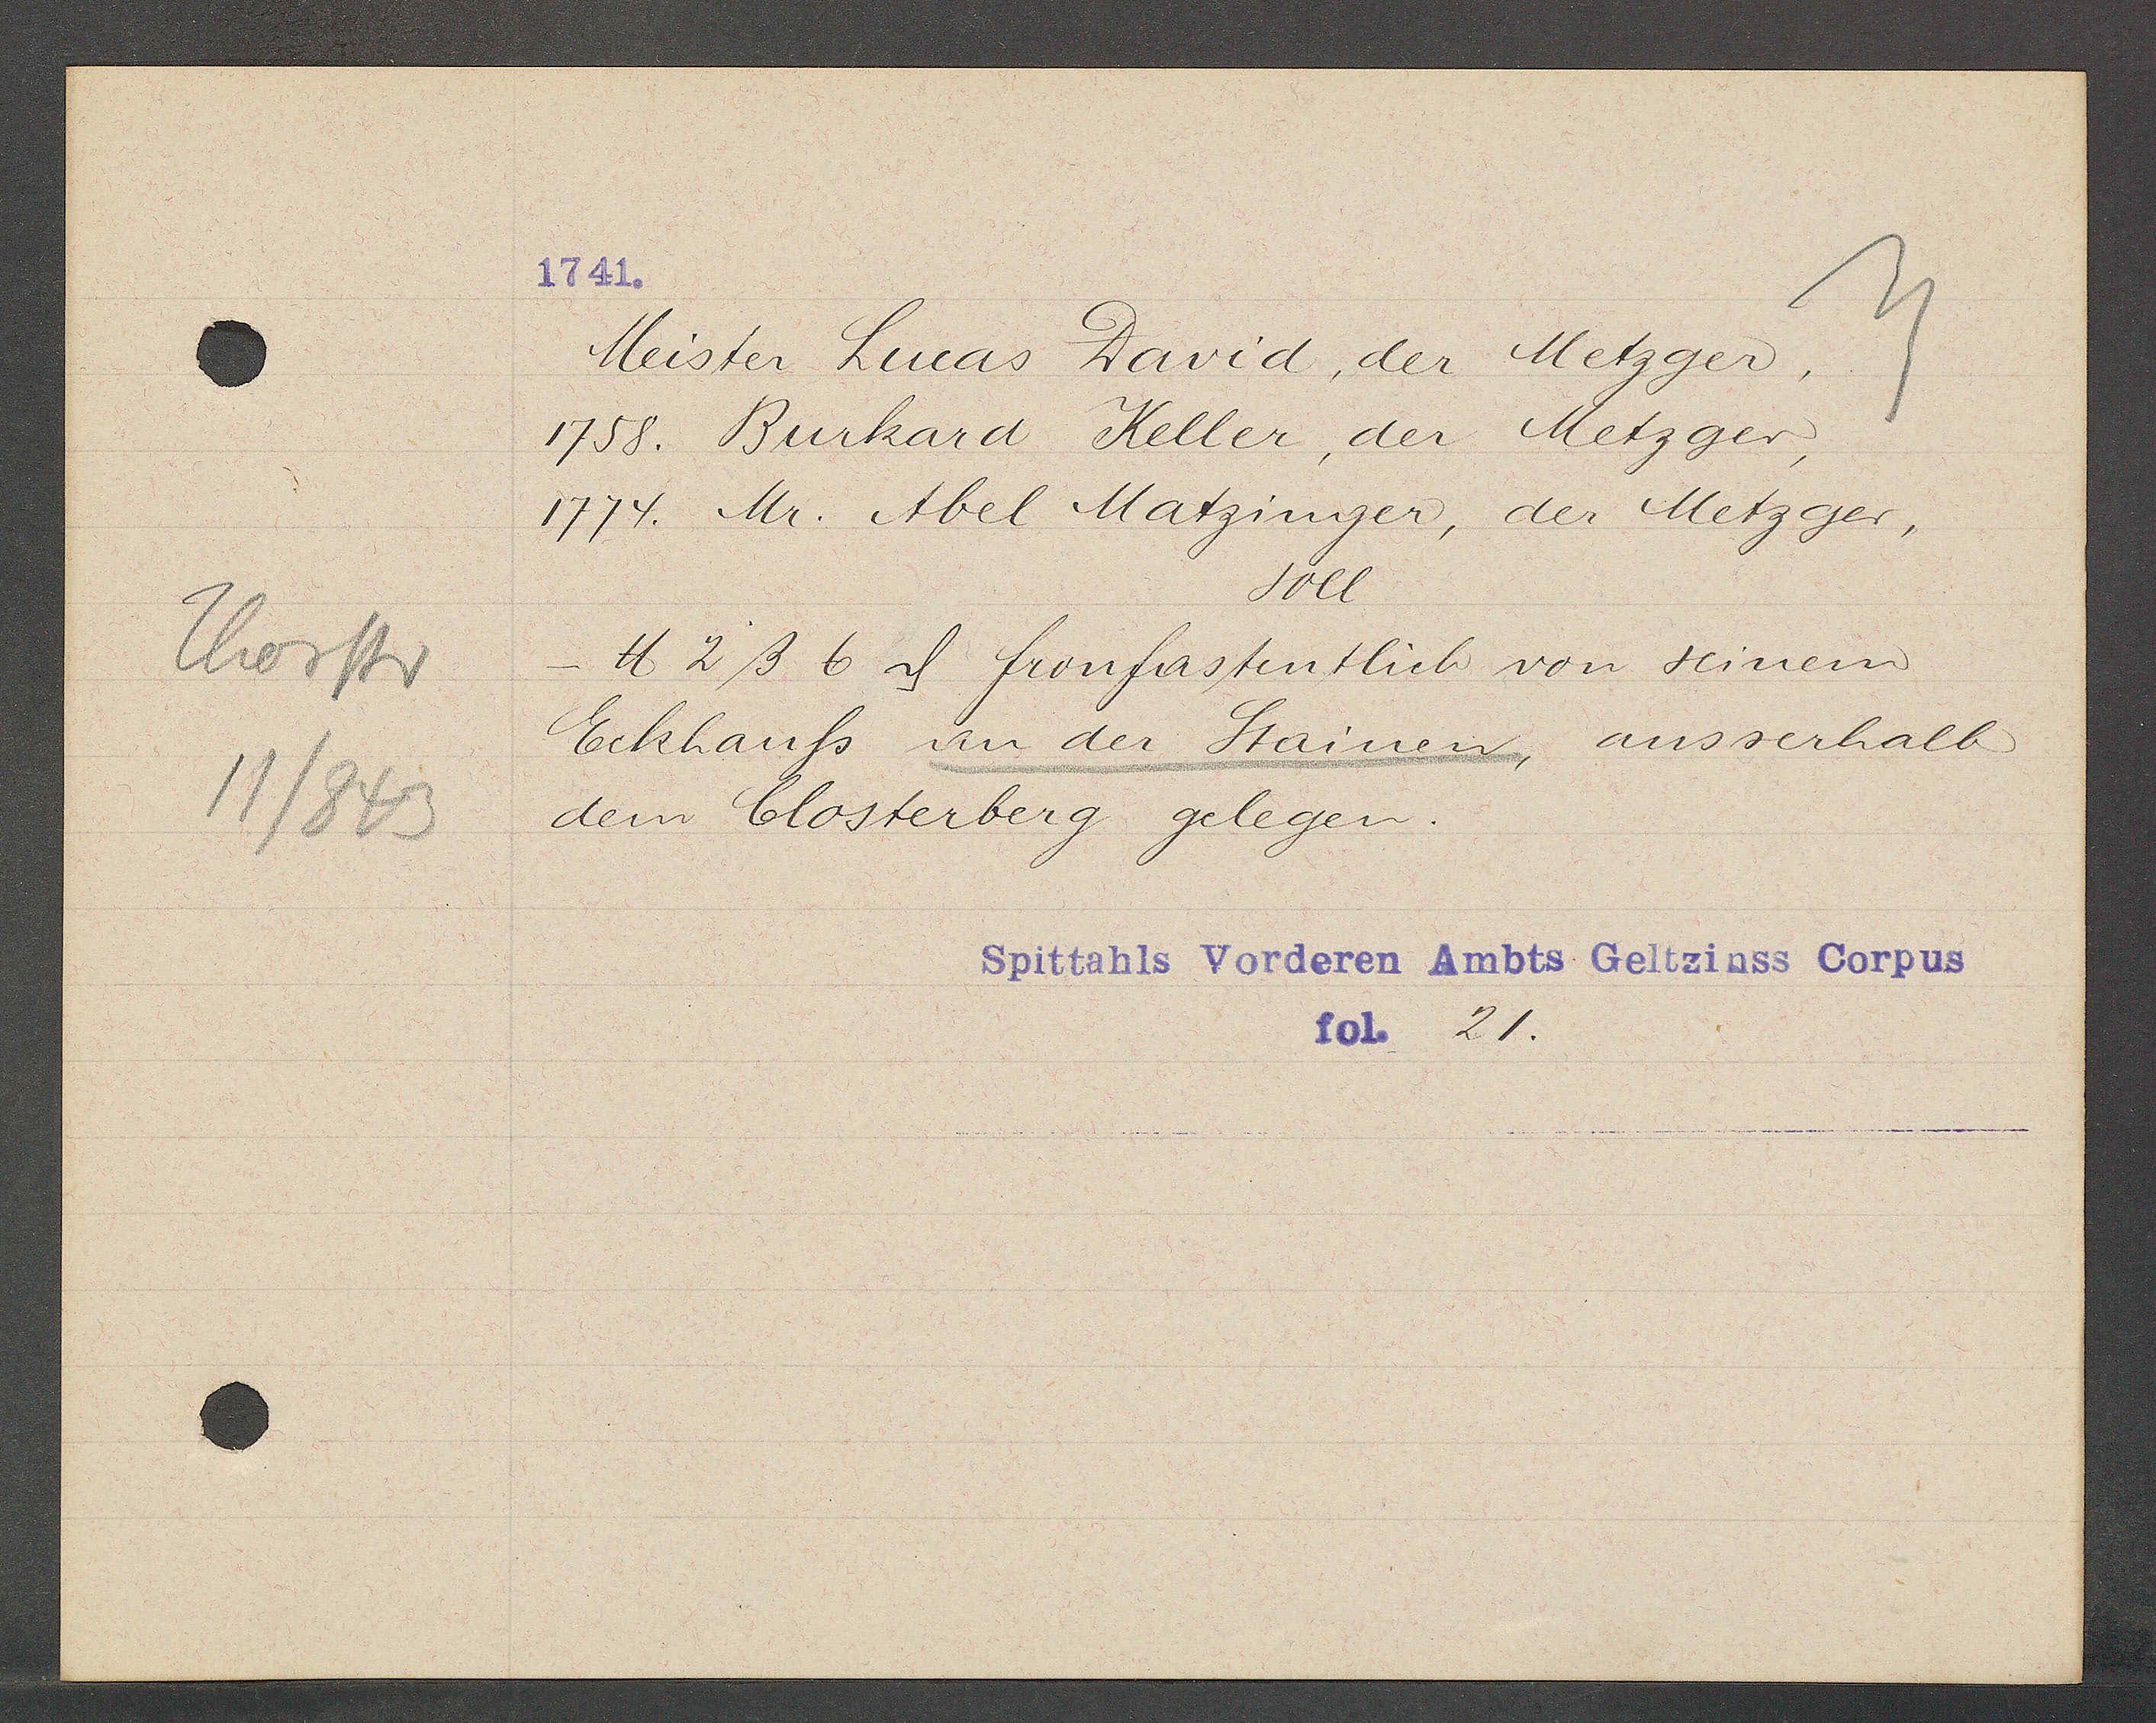
Transcript:
Thorstr
11/843

1741.

Meister Lucas David, der Metzger,
1758. Burkard Keller, der Metzger,
1774. Mr. Abel Matzinger, der Metzger,
soll
- ℔ 2 ß 6 ȡ fronfastentlich von seinem
Eckhauss an der Stainen, ausserhalb
dem Closterberg gelegen.

Spittahls Vorderen Ambts Geltzinss Corpus
fol. 21.